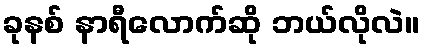
ခုနစ် နာရီလောက်ဆို ဘယ်လိုလဲ။